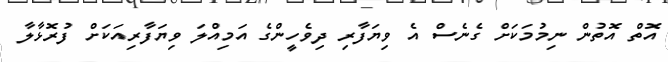
އޮތް އޮތުން ނިމުމަކަށް ގެނެސް އެ ވިޔަފާރި ދިވެހީންގެ އަމިއްލަ ވިޔަފާރިއަކަށް ފުރޮޅާލާ